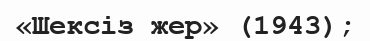
«Шексіз жер» (1943);